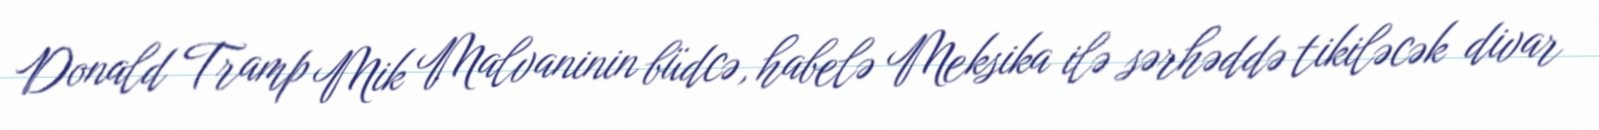
Donald Tramp Mik Malvaninin büdcə, habelə Meksika ilə sərhəddə tikiləcək divar